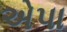
એપા